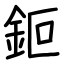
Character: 鉕